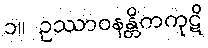
၁။ ဥဿာဝနန္တိကကုဋိ